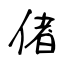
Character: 偖